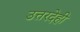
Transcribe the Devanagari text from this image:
उत्तरदेही